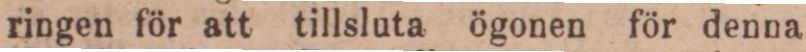
ringen för att tillsluta ögonen för denna